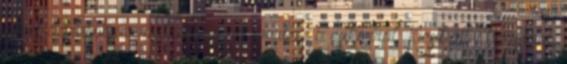
epret darabokra vágtam, összekevertem a cukorral. Kicsit állni hagytam,